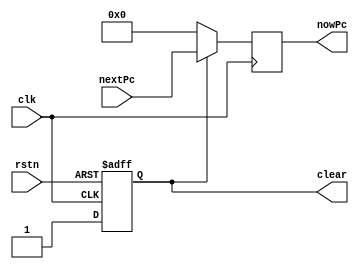
`timescale 1ns / 1ps

module PC(
    input clk,//CPU
    input rstn,//reset              
    input [31:0] nextPc,//

    output reg [31:0] nowPc,//
    output reg clear//
    );

    always @(posedge clk or negedge rstn) begin
        if(~rstn)
            clear<=1'b0;
        else
            clear<=1'b1;
    end
    always @(posedge clk) begin
        if(~clear)
            nowPc<=32'b0;
        else
            nowPc<=nextPc;
    end
endmodule